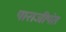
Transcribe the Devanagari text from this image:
पाराजीपंत